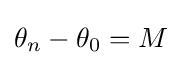
\theta _{n}-\theta _{0}=M